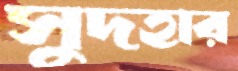
সুদহার